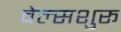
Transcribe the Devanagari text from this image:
वेल्सशुरू